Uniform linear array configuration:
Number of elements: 16
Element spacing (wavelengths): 0.75
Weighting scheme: uniform
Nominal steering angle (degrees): -60
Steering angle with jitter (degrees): -61.078
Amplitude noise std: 0.05
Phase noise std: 0.05

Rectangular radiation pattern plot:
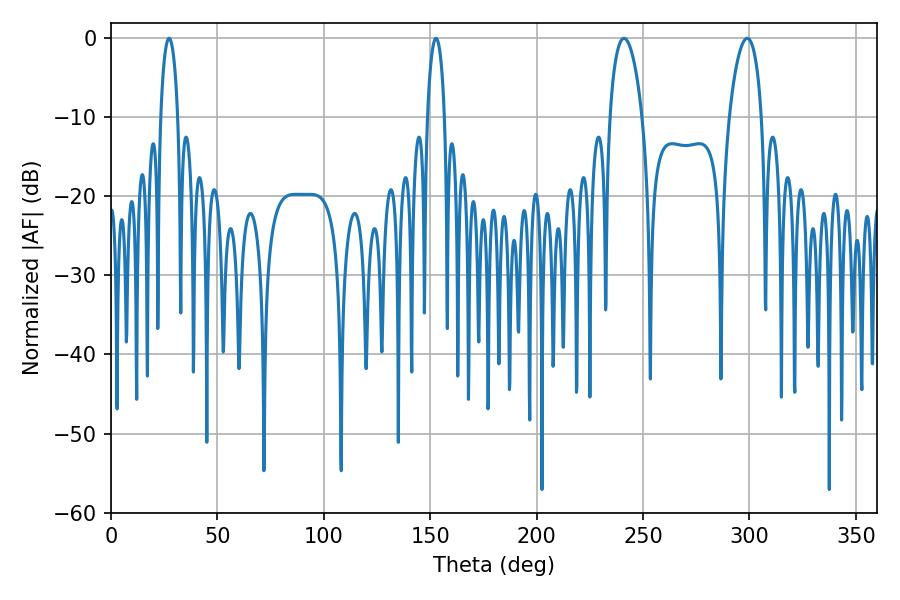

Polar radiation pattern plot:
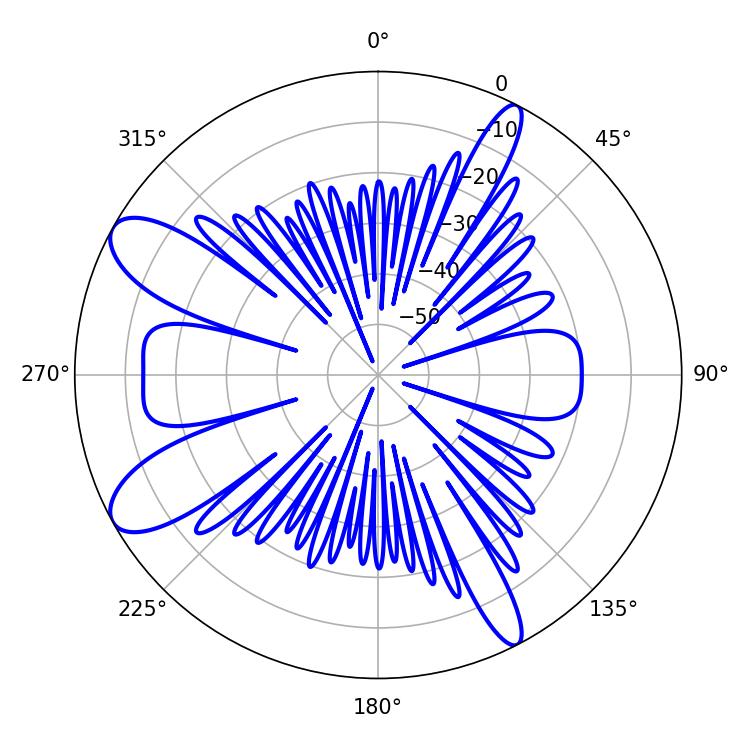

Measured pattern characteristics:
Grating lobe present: TRUE
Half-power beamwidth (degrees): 8.64
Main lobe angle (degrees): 241.02